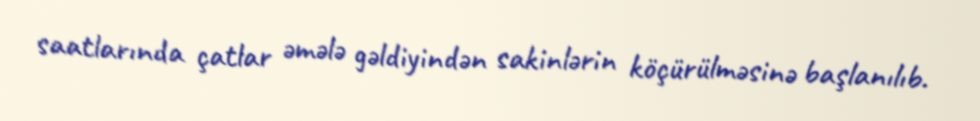
saatlarında çatlar əmələ gəldiyindən sakinlərin köçürülməsinə başlanılıb.